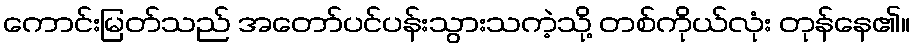
ကောင်းမြတ်သည် အတော်ပင်ပန်းသွားသကဲ့သို့ တစ်ကိုယ်လုံး တုန်နေ၏။